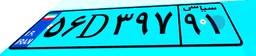
۵۶D۳۹۷۹۱